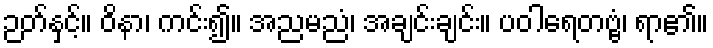
ဉတ်နှင့်။ ဝိနာ၊ ကင်း၍။ အညမညံ၊ အချင်းချင်း။ ပဝါရေတဗ္ဗံ၊ ရာ၏။